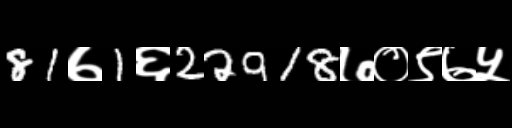
Text: 81७1६22918७०९७५